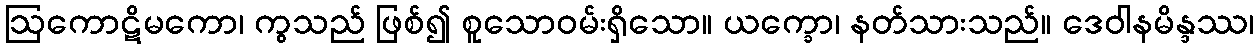
ဩကောဋိမကော၊ ကွသည် ဖြစ်၍ စူသောဝမ်းရှိသော။ ယက္ခော၊ နတ်သားသည်။ ဒေဝါနမိန္ဒဿ၊